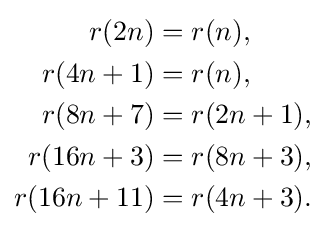
{\begin{aligned}r(2n)&=r(n),\\r(4n+1)&=r(n),\\r(8n+7)&=r(2n+1),\\r(16n+3)&=r(8n+3),\\r(16n+11)&=r(4n+3).\end{aligned}}